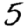
Digit: 5